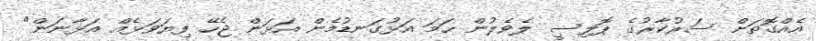
އެއްގޮތަށް ސަރުކާރުގެ ޕޮލިސީ ލެވެލުން ހަމަ އަޅުގަނޑުމެން އަޅަން ޖެހޭ ފިޔަވަޅެއް އަޅާނަން"